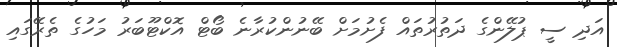
އަދި ސީ ޕުލޭންގެ ދަތުރުތައް ފެށުމަށް ބޭނުންކުރާނެ ބޯޓް އޮކްޓޫބަރު މަހުގެ ތެރޭގައި